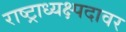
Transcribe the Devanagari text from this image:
राष्ट्राध्यक्ष्पदावर